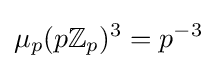
\mu _{p}(p\mathbb {Z} _{p})^{3}=p^{-3}